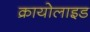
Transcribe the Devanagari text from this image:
क्रायोलाइड